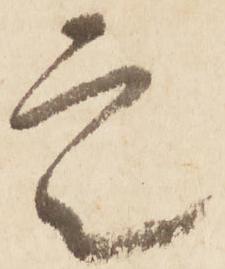
定